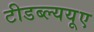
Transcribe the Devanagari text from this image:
टीडब्ल्ययूए